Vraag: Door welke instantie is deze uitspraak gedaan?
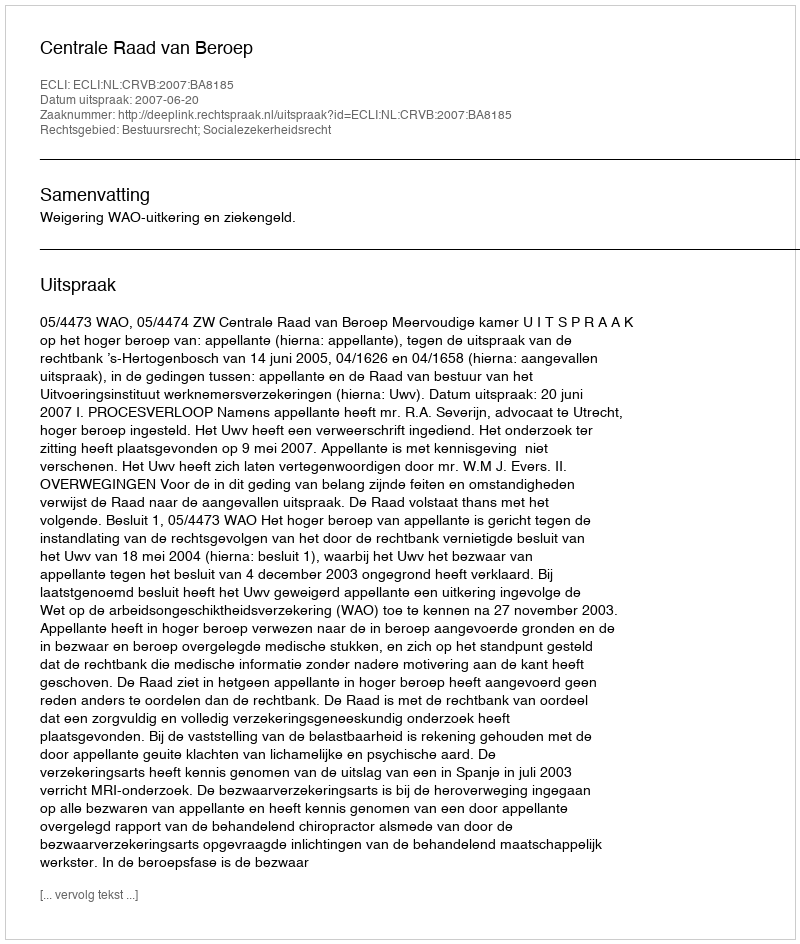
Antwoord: Centrale Raad van Beroep